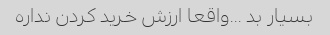
بسیار بد …واقعا ارزش خرید کردن نداره